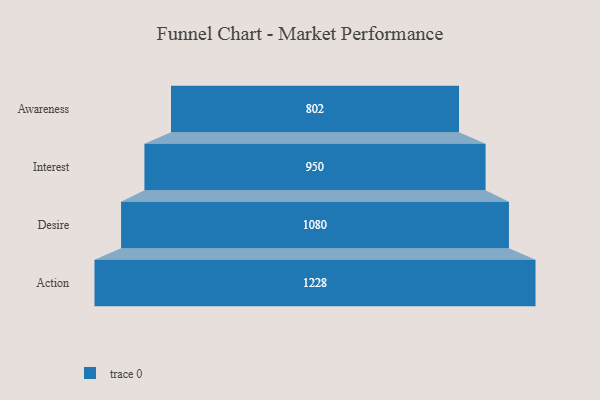
{"axis": {"x": "Stage", "y": "Value"}, "legend": [""], "data": [{"x": "Awareness", "y": 802.0, "type": ""}, {"x": "Interest", "y": 950.0, "type": ""}, {"x": "Desire", "y": 1080.0, "type": ""}, {"x": "Action", "y": 1228.0, "type": ""}]}